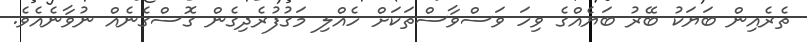
ތެރެއިން ބަޔަކު ބޭރު ބަޔެއްގެ ވިހަ ވަސްވާސްތަކަށް ހެއްލި މަގުފުރެދިގެން ގޮސްގެނެއް ނުވާނެއެވެ.